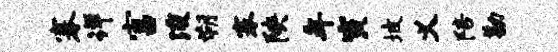
搴详富浚朔搴陕年寅坡义陪勘